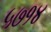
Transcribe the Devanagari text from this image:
५७१४